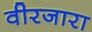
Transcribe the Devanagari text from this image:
वीरजारा